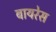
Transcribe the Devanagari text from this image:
बायरेस